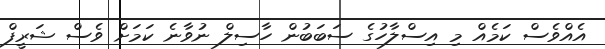
އެއްވެސް ކަމެއް މި އިސްލާހުގެ ސަބަބުން ހާސިލް ނުވާނެ ކަަމަށް ވެސް ޝަރީފް